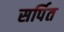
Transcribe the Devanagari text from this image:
सर्पित